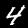
Digit: 4